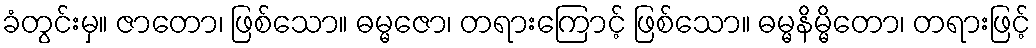
ခံတွင်းမှ။ ဇာတော၊ ဖြစ်သော။ ဓမ္မဇော၊ တရားကြောင့် ဖြစ်သော။ ဓမ္မနိမ္မိတော၊ တရားဖြင့်